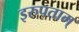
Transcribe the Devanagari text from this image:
इरुपताम्